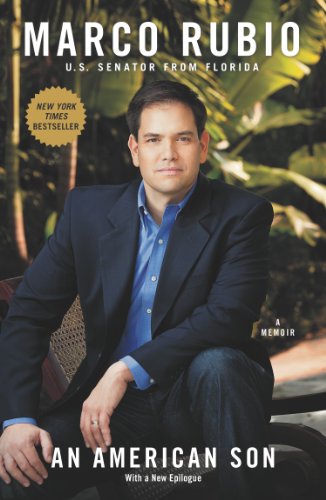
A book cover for An American Son: A Memoir; Marco Rubio; Biographies & Memoirs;